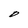
Character: D